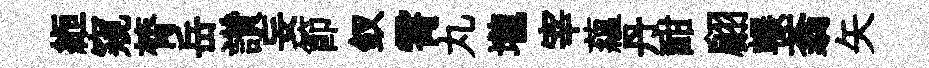
縆窺膂岳讚妄節釵霄丸壠宰蘊丹酣翩輾蓊矢